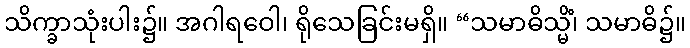
သိက္ခာသုံးပါး၌။ အဂါရဝေါ၊ ရိုသေခြင်းမရှိ။ “သမာဓိသ္မိံ၊ သမာဓိ၌။